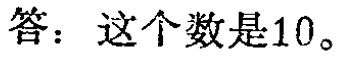
答：这个数是10。